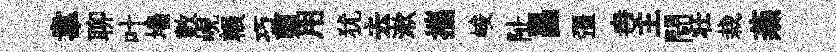
韋聊叶墻數峴輾巧剪用犹去漱攜峻阯昌彊冉主閜壮栽燕